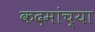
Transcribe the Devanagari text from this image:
कदमांच्या